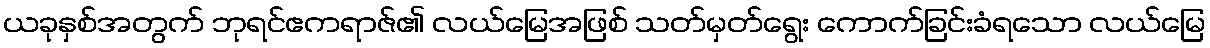
ယခုနှစ်အတွက် ဘုရင်ဧကရာဇ်၏ လယ်မြေအဖြစ် သတ်မှတ်ရွေး ကောက်ခြင်းခံရသော လယ်မြေ